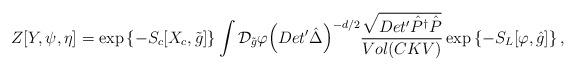
LaTeX: \begin{align*}Z[Y,\psi,\eta]=\exp\left\{-{S_c}[{X_c},\tilde{g}]\right\}\int{\mathcal{D}_{\tilde{g}}}\varphi{{\left(Det'\hat{\Delta}\right)}^{-d/2}}{{\sqrt{Det'{\hat{P}^{\dagger}}\hat{P}}}\over{Vol(CKV)}}\exp\left\{-{S_L}[\varphi,\hat{g}]\right\},\end{align*}